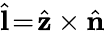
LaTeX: \hat{\textbf{l}}\! =\! \hat{\textbf{z}}\times\hat{\textbf{n}}